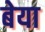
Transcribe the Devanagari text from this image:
बेया